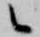
候